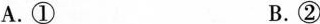
A. ① B. ②